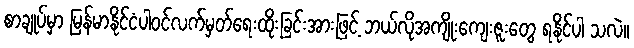
စာချုပ်မှာ မြန်မာနိုင်ငံပါဝင်လက်မှတ်ရေးထိုးခြင်းအားဖြင့် ဘယ်လိုအကျိုးကျေးဇူးတွေ ရနိုင်ပါ သလဲ။